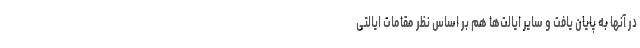
در آنها به پایان یافت و سایر ایالت‌ها هم بر اساس نظر مقامات ایالتی